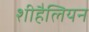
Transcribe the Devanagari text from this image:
शीहैलियन